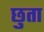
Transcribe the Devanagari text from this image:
छुता